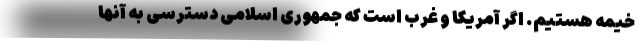
خیمه هستیم. اگر آمریکا و غرب است که جمهوری اسلامی دسترسی به آنها